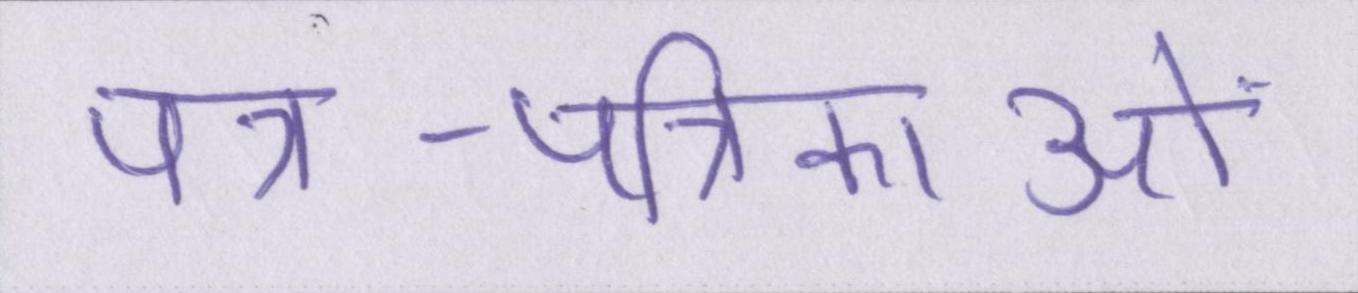
पत्र-पत्रिकाओं